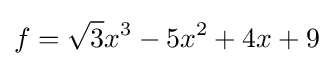
f={\sqrt {3}}x^{3}-5x^{2}+4x+9